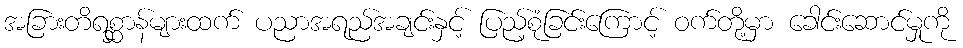
အခြားတိရစ္ဆာန်များထက် ပညာအရည်အချင်းနှင့် ပြည့်စုံခြင်းကြောင့် ဝက်တို့မှာ ခေါင်းဆောင်မှုကို